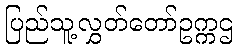
ပြည်သူ့လွှတ်တော်ဥက္ကဌ